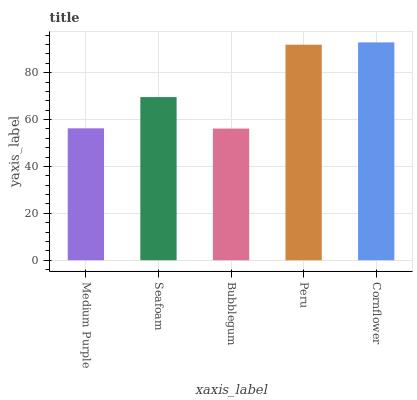
| xaxis_label | bars |
 | --- | --- |
 | Medium Purple | 56.2 |
 | Seafoam | 69.6 |
 | Bubblegum | 56.1 |
 | Peru | 91.9 |
 | Cornflower | 92.9 |